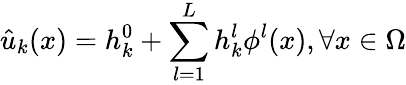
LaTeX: \hat{u}_{k}(x)=h_{k}^{0}+\sum_{l=1}^{L}h_{k}^{l}\phi^{l}(x),\forall x\in\Omega